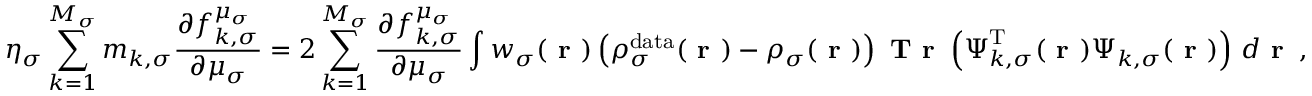
\eta _ { \sigma } \sum _ { k = 1 } ^ { M _ { \sigma } } m _ { k , \sigma } \frac { \partial f _ { k , \sigma } ^ { \mu _ { \sigma } } } { \partial \mu _ { \sigma } } = 2 \sum _ { k = 1 } ^ { M _ { \sigma } } \frac { \partial f _ { k , \sigma } ^ { \mu _ { \sigma } } } { \partial \mu _ { \sigma } } \int w _ { \sigma } ( \boldsymbol { \textbf { r } } ) \left( \rho _ { \sigma } ^ { \mathrm { d a t a } } ( \boldsymbol { \textbf { r } } ) - \rho _ { \sigma } ( \boldsymbol { \textbf { r } } ) \right) \textbf { T r } \left( \boldsymbol { \Psi } _ { k , \sigma } ^ { \mathrm { T } } ( \boldsymbol { \textbf { r } } ) \boldsymbol { \Psi } _ { k , \sigma } ( \boldsymbol { \textbf { r } } ) \right) \, d \boldsymbol { \textbf { r } } \, ,